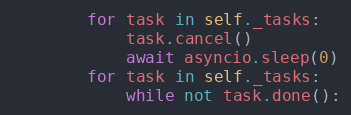
Language: Python
        for task in self._tasks:
            task.cancel()
            await asyncio.sleep(0)
        for task in self._tasks:
            while not task.done():